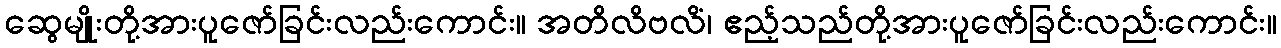
ဆွေမျိုးတို့အားပူဇော်ခြင်းလည်းကောင်း။ အတိလိဗလိံ၊ ဧည့်သည်တို့အားပူဇော်ခြင်းလည်းကောင်း။